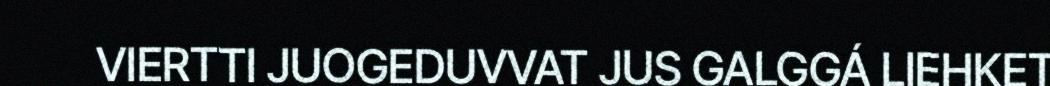
VIERTTI JUOGEDUVVAT JUS GALGGÁ LIEHKET